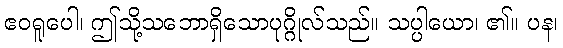
ဧဝရူပေါ၊ ဤသို့သဘောရှိသောပုဂ္ဂိုလ်သည်။ သပ္ပါယော၊ ၏။ ပန၊